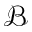
\mathcal { B }